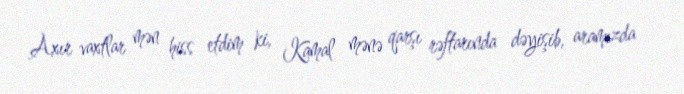
Axır vaxtlar mən hiss etdim ki, Kamal mənə qarşı rəftarında dəyişib, aramızda